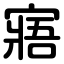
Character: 寤